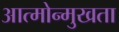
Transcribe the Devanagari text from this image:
आत्मोन्मुखता